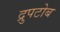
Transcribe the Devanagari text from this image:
द्रुपटोब